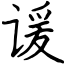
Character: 谖